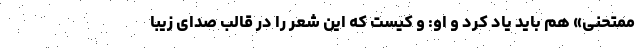
ممتحنی» هم باید یاد کرد و او: و کیست که این شعر را در قالب صدای زیبا